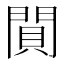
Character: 閴